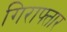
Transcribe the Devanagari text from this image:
गिराफ्तार